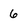
Character: 6